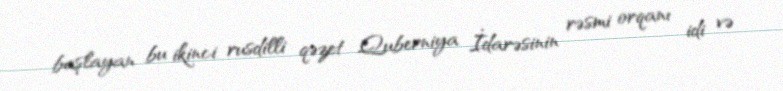
başlayan bu ikinci rusdilli qəzet Quberniya İdarəsinin rəsmi orqanı idi və